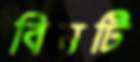
বিমটি